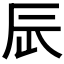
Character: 𨑃